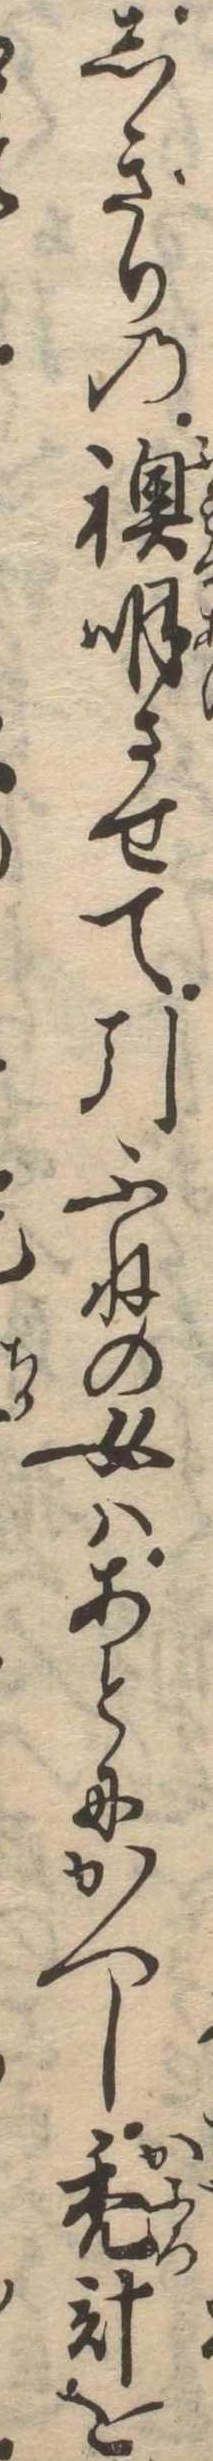
しきりの襖明させて引ふねの女はあとにかへし禿計を